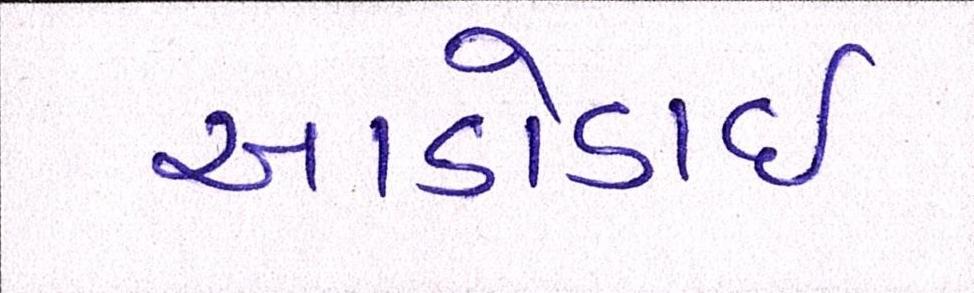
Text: આડોડાઈ